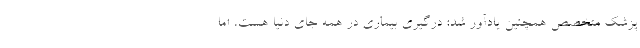
پزشک متخصص همچنین یادآور شد: درگیری بیماری در همه جای دنیا هست، اما